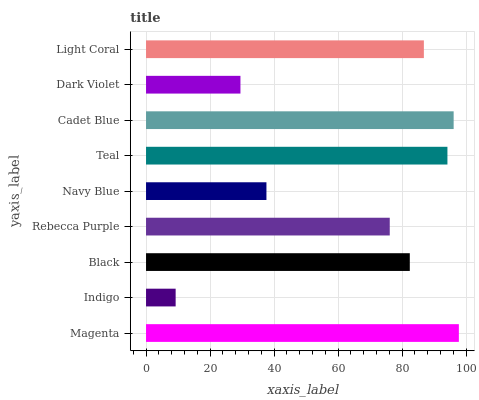
| yaxis_label | bars |
 | --- | --- |
 | Magenta | 97.7 |
 | Indigo | 9.25 |
 | Black | 82.4 |
 | Rebecca Purple | 76.2 |
 | Navy Blue | 37.6 |
 | Teal | 94.2 |
 | Cadet Blue | 96.1 |
 | Dark Violet | 29.5 |
 | Light Coral | 86.8 |